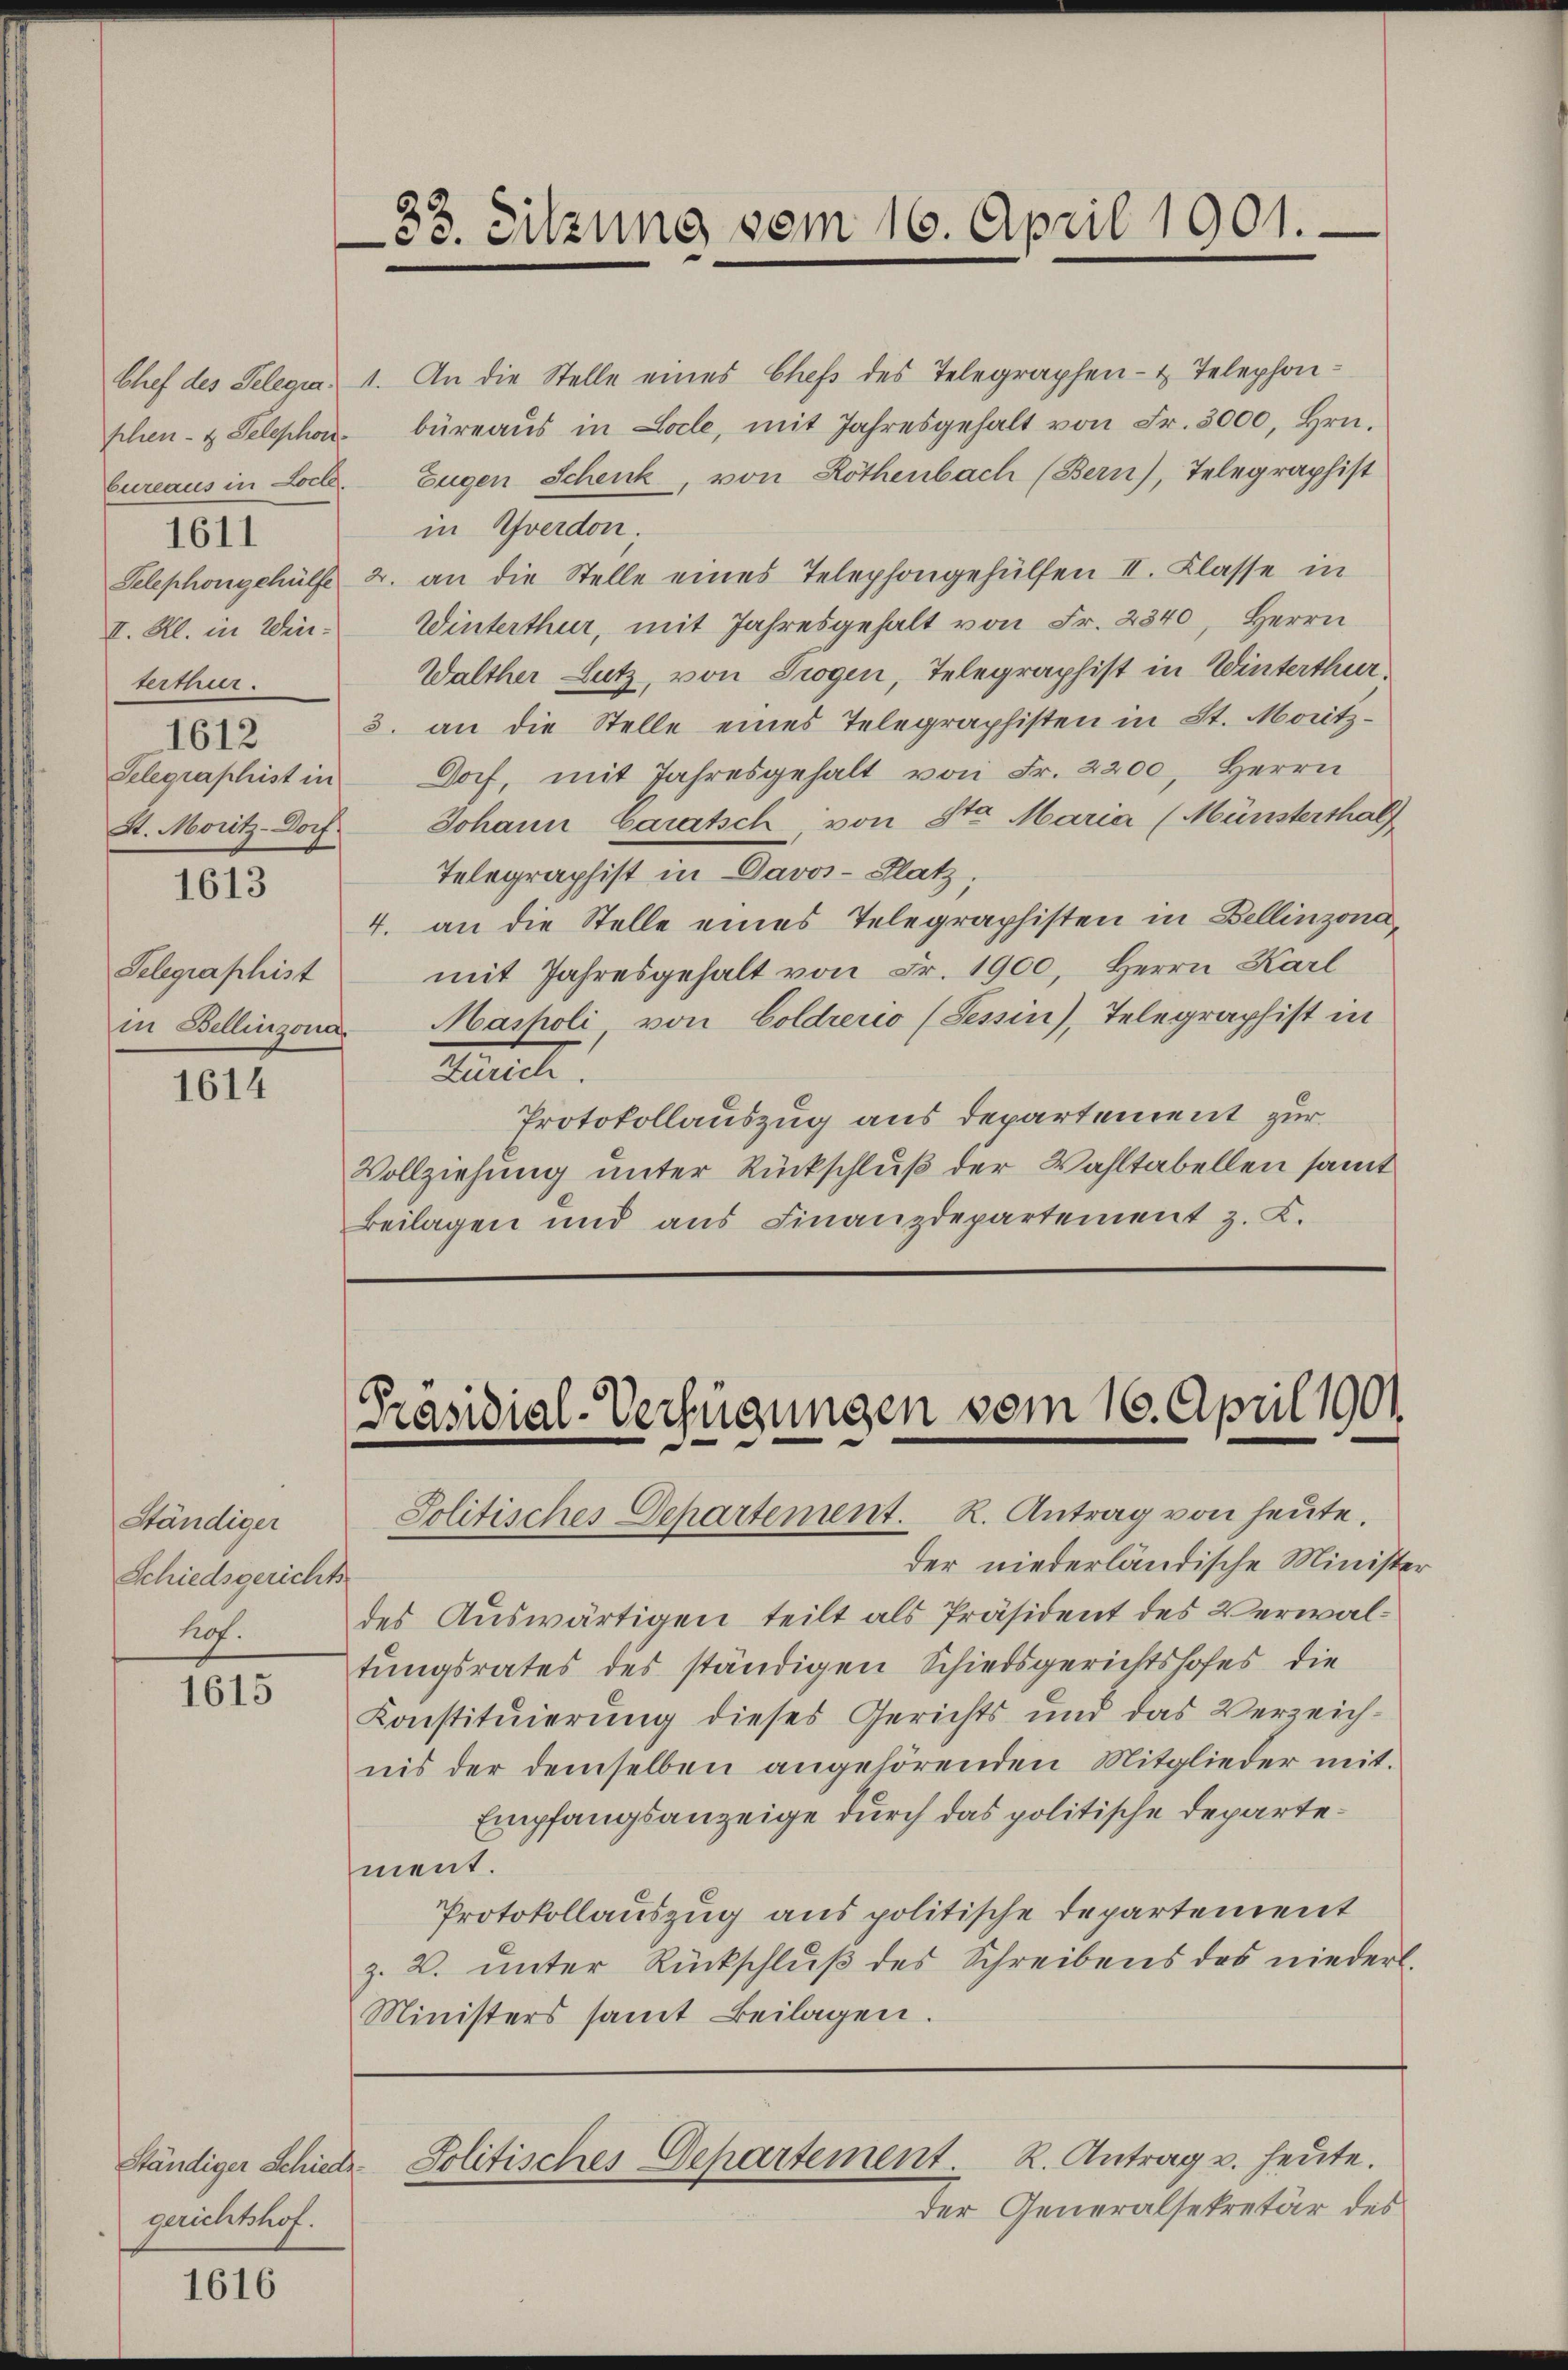
1611
II. Kl. in Winterthur.
1612
Selegraphist in
St. Moritz-Dorf.

1613

Telegraphist

1614

Ständiger
Schiedsgerichts
Prof.

1615

Ständiger Schiede
gerichtshof.

1616

33. Sitzung vom 16. April 1901.

Chef des Telegia, 1. An die Stelle eines Chefs des Telegraphen- & Telephonphen- & Telephon büreaŭs in Locle, mit Jahresgehalt von Fr. 3000, Hrn.
Cureaus in Loite. Eugen Schenk, von Rothenbach (Bern), Telegraphist
in Yverdon
Selephongehülfe u. an die Stelle eines Telephongehülfen II. Klasse in
Winterthur, mit Jahresgehalt von Fr. 2340, Herrn
Walther Lutz, von Trogen, Telegraphist in Winterthur
3. an die Stelle eines Telegraphisten in St. Moritz-
Doch, mit Jahresgehalt von Fr. 2200, Herrn
Johann Caratsch, von Sta Maria (Münsterthal
Telegraphist in Davos- Platz,
4. an die Stelle eines Telegraphisten in Bellinzonamit Jahresgehalt von Fr. 1900, Herrn Karl
in Bellinzona Masholi von Goldreno (Tessin), Telegraphist in
Mitret
Protokollauszug aus Departement zur
Vollziehung unter Rückschluß der Wahltabellen samt
Beilagen und aus Finanzdepartement z. K.

[Präsidial-Verfügungen vom 16. April 1901.
Jolitisches Departement. R. Antrag von heute.

der niederländische Minister
des Auswärtigen teilt als Präsident des Verwaltungsrates des ständigen Schiedsgerichtshofes die
Konstituierung dieses Gerichts und das Verzeich-
nis der demselben angehörenden Mitglieder mit.
Empfangsanzeige durch das politische Departement.
Protokollauszug aus politische Departement
z. B. unter Rückschluß des Schreibens des niederl.
Ministers samt Beilagen.

R. Antrag u. heute.
Politisches Departement.

der Generalsekretär des